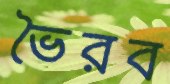
ভৈরব